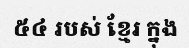
៥៤ របស់ ខ្មែរ ក្នុង